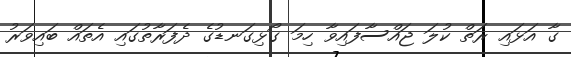
ގާ އަޅައި ރަތް ކުލަ ޖައްސާފައިވާ ހިމަ ގޯޅިގަނޑުގެ ދެފަރާތުގައި އެތައް ބައިވަރު